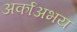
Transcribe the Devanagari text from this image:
अर्काअभय